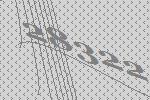
28322